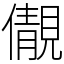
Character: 儬